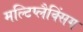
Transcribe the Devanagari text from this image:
मल्टिप्लैक्सिंग